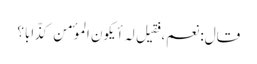
قال: نعم، فقیل لہ أیکون الموٴمن کذّابا؟